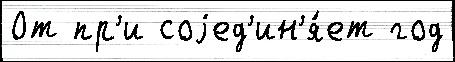
От пр'и соjед'ин'я́ет год